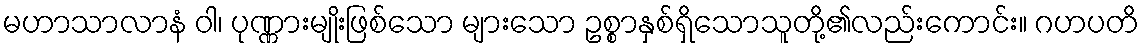
မဟာသာလာနံ ဝါ၊ ပုဏ္ဏားမျိုးဖြစ်သော များသော ဥစ္စာနှစ်ရှိသောသူတို့၏လည်းကောင်း။ ဂဟပတိ